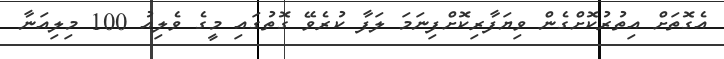
އެގޮތަށް އިތުރުކޮށްގެން ވިޔަފާރިކޮށްފިނަމަ ލަފާ ކުރެވޭ ގޮތުގައި މީގެ ވެލިއު 100 މިލިއަނާ